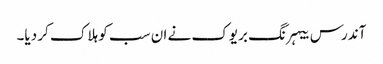
آندرس بیہرنگ بریوک نے ان سب کو ہلاک کر دیا۔